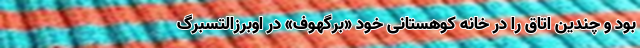
بود و چندین اتاق را در خانه کوهستانیِ خود «برگهوف» در اوبرزالتسبرگ